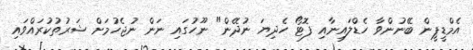
އެމްޑީޕީން ބޭނުންވާ ހެޑްލައިނާއި ފޮޓޯ ހެދިޔަ ނުދޭން" ނޫހުގައި ނަން ނުޖެހުމަށް ޝަރުތުކުރައްވައި